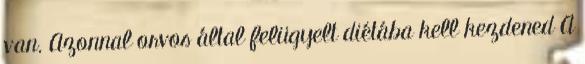
van. Azonnal orvos által felügyelt diétába kell kezdened A